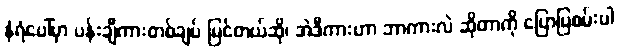
နံရံပေါ်မှာ ပန်းချီကားတစ်ချပ် မြင်တယ်ဆို၊ အဲဒီကားဟာ ဘာကားလဲ ဆိုတာကို ပြောပြစမ်းပါ